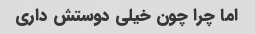
اما چرا چون خیلی دوستش داری